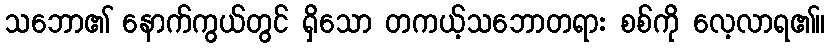
သဘော၏ နောက်ကွယ်တွင် ရှိသော တကယ့်သဘောတရား စစ်ကို လေ့လာရ၏။